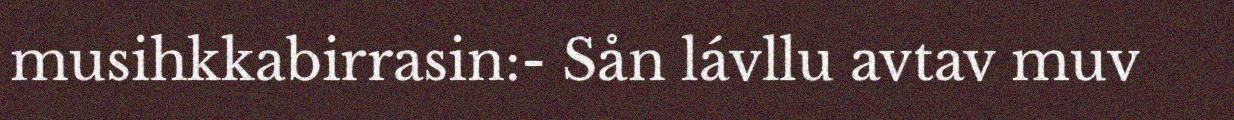
musihkkabirrasin:- Sån lávllu avtav muv